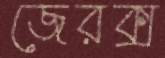
জেরক্স